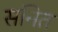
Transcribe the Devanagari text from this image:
सनित